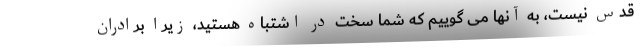
قدس نیست، به آنها می گوییم که شما سخت در اشتباه هستید، زیرا برادران